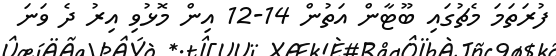
ފުރަތަމަ މެޗުގައި ބޫޓާން އަތުން 14-12 އިން މޮޅުވި އިރު ދެ ވަނަ